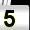
Digit: 5